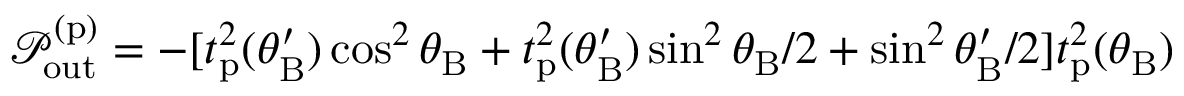
\mathcal { P } _ { \mathrm { o u t } } ^ { ( \mathrm { p } ) } = - [ t _ { \mathrm { p } } ^ { 2 } ( \theta _ { \mathrm { B } } ^ { \prime } ) \cos ^ { 2 } \theta _ { \mathrm { B } } + t _ { \mathrm { p } } ^ { 2 } ( \theta _ { \mathrm { B } } ^ { \prime } ) \sin ^ { 2 } \theta _ { \mathrm { B } } / 2 + \sin ^ { 2 } \theta _ { \mathrm { B } } ^ { \prime } / 2 ] t _ { \mathrm { p } } ^ { 2 } ( \theta _ { \mathrm { B } } )